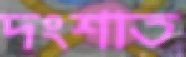
দংশাত